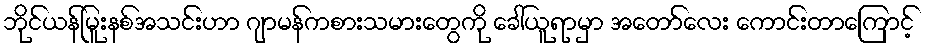
ဘိုင်ယန်မြူးနစ်အသင်းဟာ ဂျာမန်ကစားသမားတွေကို ခေါ်ယူရာမှာ အတော်လေး ကောင်းတာကြောင့်